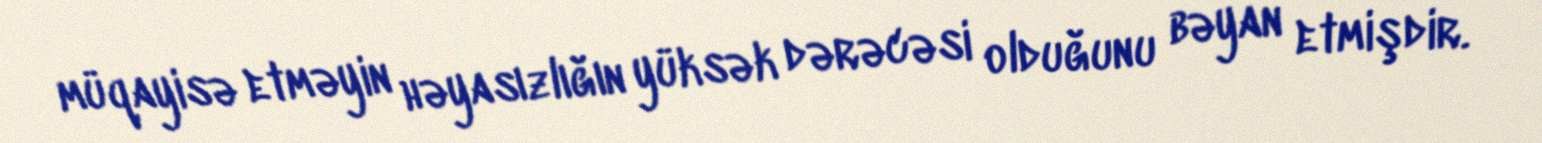
müqayisə etməyin həyasızlığın yüksək dərəcəsi olduğunu bəyan etmişdir.